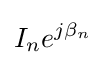
I_{n}e^{j\beta _{n}}